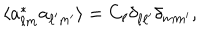
LaTeX: \langle a _ { \ell m } ^ { * } a _ { \ell ^ { \prime } m ^ { \prime } } \rangle = C _ { \ell } \delta _ { \ell \ell ^ { \prime } } \delta _ { m m ^ { \prime } } ,